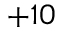
+ 1 0